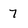
Character: 7